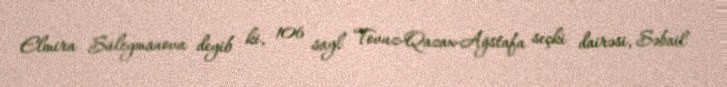
Elmira Süleymanova deyib ki, 106 sayl Tovuz-Qazax-Ağstafa seçki dairəsi, Səbail